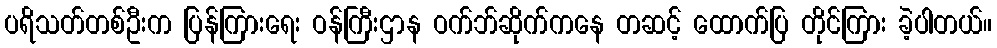
ပရိသတ်တစ်ဦးက ပြန်ကြားရေး ဝန်ကြီးဌာန ဝက်ဘ်ဆိုက်ကနေ တဆင့် ထောက်ပြ တိုင်ကြား ခဲ့ပါတယ်။